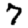
Digit: 7